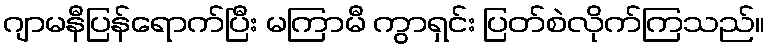
ဂျာမနီပြန်ရောက်ပြီး မကြာမီ ကွာရှင်း ပြတ်စဲလိုက်ကြသည်။